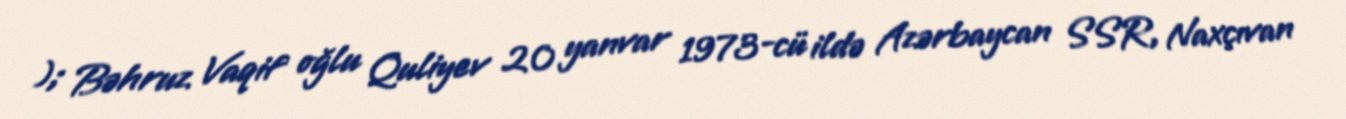
); Bəhruz Vaqif oğlu Quliyev 20 yanvar 1973-cü ildə Azərbaycan SSR, Naxçıvan